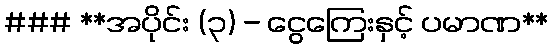
### **အပိုင်း (၃) - ငွေကြေးနှင့် ပမာဏ**